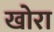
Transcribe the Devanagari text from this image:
खोरा